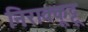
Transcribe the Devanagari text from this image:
निराक्कूट्टू